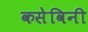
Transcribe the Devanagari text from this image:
कसेविनी